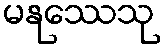
မနုဿေသု